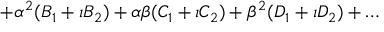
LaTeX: + \alpha ^ { 2 } ( B _ { 1 } + \imath B _ { 2 } ) + \alpha \beta ( C _ { 1 } + \imath C _ { 2 } ) + \beta ^ { 2 } ( D _ { 1 } + \imath D _ { 2 } ) + \ldots